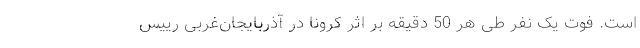
است. فوت یک نفر طی هر 50 دقیقه بر اثر کرونا در آذربایجان‌غربی رییس